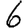
Digit: 6